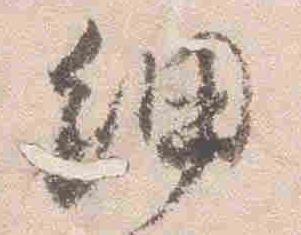
細